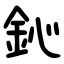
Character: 鈊